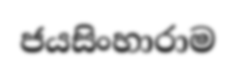
ජයසිංහාරාම